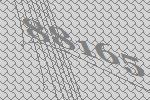
88165